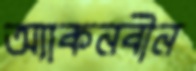
অ্যাকনবীন